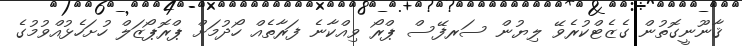
ޤާނޫނީގޮތުން ގެޒެޓްކުރެވޭ ލިޔުން ސަރފޭސް ޕްރޯ ވިއްކާނެ ފަރާތެއް ހޯދުމަށް ޕްރޮޕޯޒަލް ހުށަހެޅުއްވުމުގެ